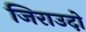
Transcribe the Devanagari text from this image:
जिराउदो